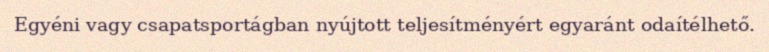
Egyéni vagy csapatsportágban nyújtott teljesítményért egyaránt odaítélhető.